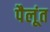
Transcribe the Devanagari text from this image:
पैलूंत